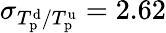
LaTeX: \sigma_{T_{\mathrm{p}}^{\mathrm{d}}/T_{\mathrm{p}}^{\mathrm{u}}}=2.62